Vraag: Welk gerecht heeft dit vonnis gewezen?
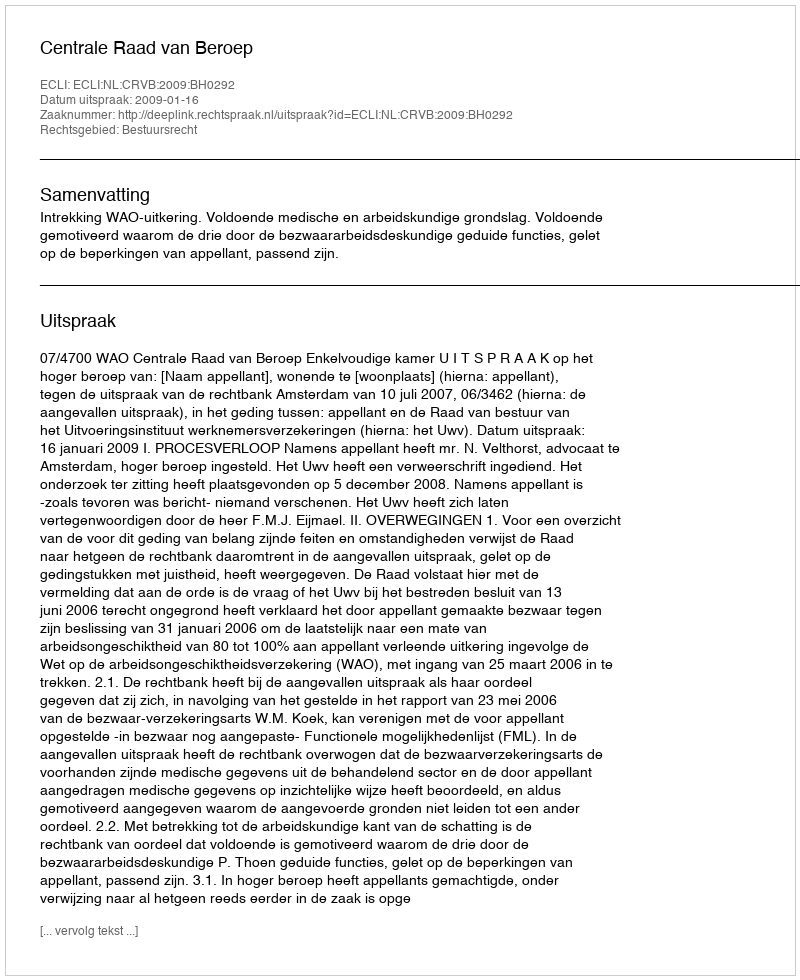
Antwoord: Centrale Raad van Beroep